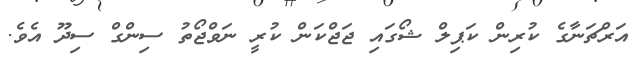
އަރްޗަނާގެ ކުރިން ކަޕިލް ޝޯގައި ޖަޖްކަން ކުރީ ނަވްޖޯތު ސިންގް ސިދޫ އެވެ.